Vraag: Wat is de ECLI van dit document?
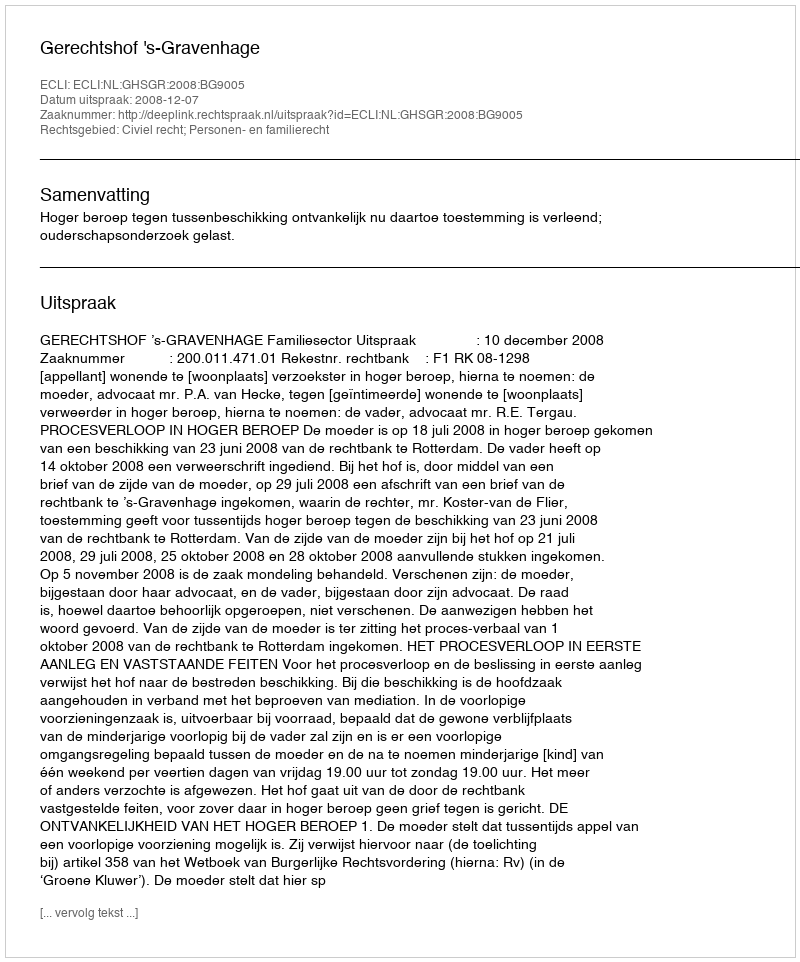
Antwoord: ECLI:NL:GHSGR:2008:BG9005